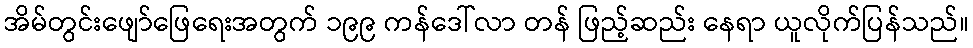
အိမ်တွင်းဖျော်ဖြေရေးအတွက် ၁၉၉ ကန်ဒေါ်လာ တန် ဖြည့်ဆည်း နေရာ ယူလိုက်ပြန်သည်။